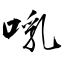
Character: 啂